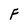
Character: F